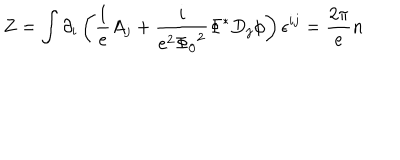
LaTeX: Z = \int \partial _ { i } \left( \frac { 1 } { e } A _ { j } + \frac { i } { e ^ { 2 } { \Phi _ { 0 } } ^ { 2 } } { \Phi } ^ { * } D _ { j } \phi \right) \epsilon ^ { i j } = \frac { 2 \pi } { e } n